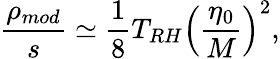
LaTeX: \frac{\rho_{mod}}{s}\simeq\frac{1}{8}T_{RH}\left(\frac{\eta_{0}}{M}\right)^{2},